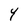
Character: Y